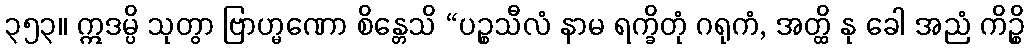
၃၅၃။ ဣဒမ္ပိ သုတွာ ဗြာဟ္မဏော စိန္တေသိ “ပဉ္စသီလံ နာမ ရက္ခိတုံ ဂရုကံ, အတ္ထိ နု ခေါ အညံ ကိဉ္စိ